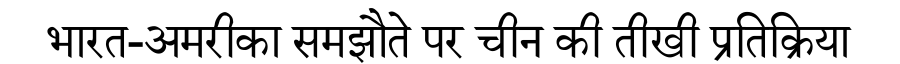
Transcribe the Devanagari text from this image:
भारत-अमरीका समझौते पर चीन की तीखी प्रतिक्रिया